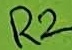
Text: R2